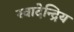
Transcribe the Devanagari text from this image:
स्वादेन्द्रिय